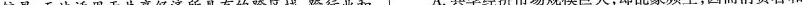
较早，无法适用于共享经济所具有的跨区域、跨行业和 13.A.共享经济市场规模巨大，却乱象频生，因而消费者和